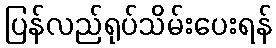
ပြန်လည်ရုပ်သိမ်းပေးရန်